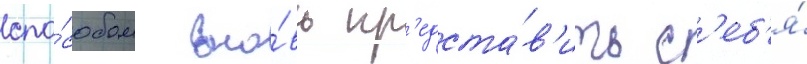
спо́собом вно́вь пр'едста́в'ить с'еб'я́